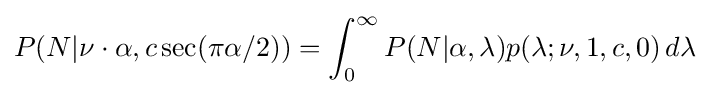
P(N|\nu \cdot \alpha ,c\sec(\pi \alpha /2))=\int _{0}^{\infty }P(N|\alpha ,\lambda )p(\lambda ;\nu ,1,c,0)\,d\lambda